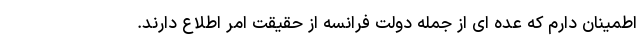
اطمینان دارم که عده ای از جمله دولت فرانسه از حقیقت امر اطلاع دارند.